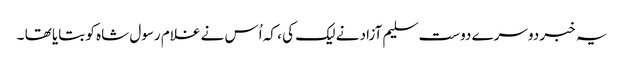
یہ خبر دوسرے دوست سلیم آزاد نے لیک کی ، کہ اُس نے غلام رسول شاہ کو بتایا تھا ۔